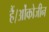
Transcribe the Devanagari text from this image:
हैं।ओंकोजीन